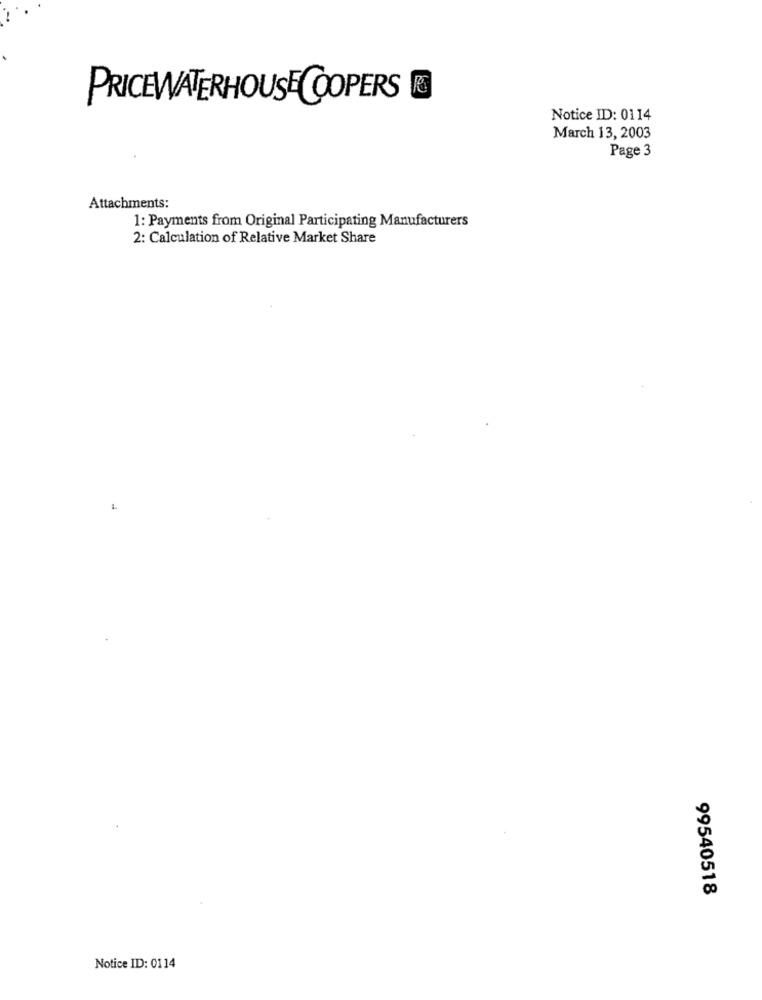
PRICEWATERHOUSECOOPERS
Notice ID: 0114
March 13, 2003
Page 3
Attachments:
1: Payments from Original Participating Manufacturers
2: Calculation of Relative Market Share
99540518
Notice ID: 0114